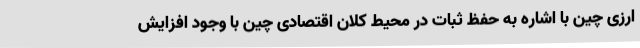
ارزی چین با اشاره به حفظ ثبات در محیط کلان اقتصادی چین با وجود افزایش